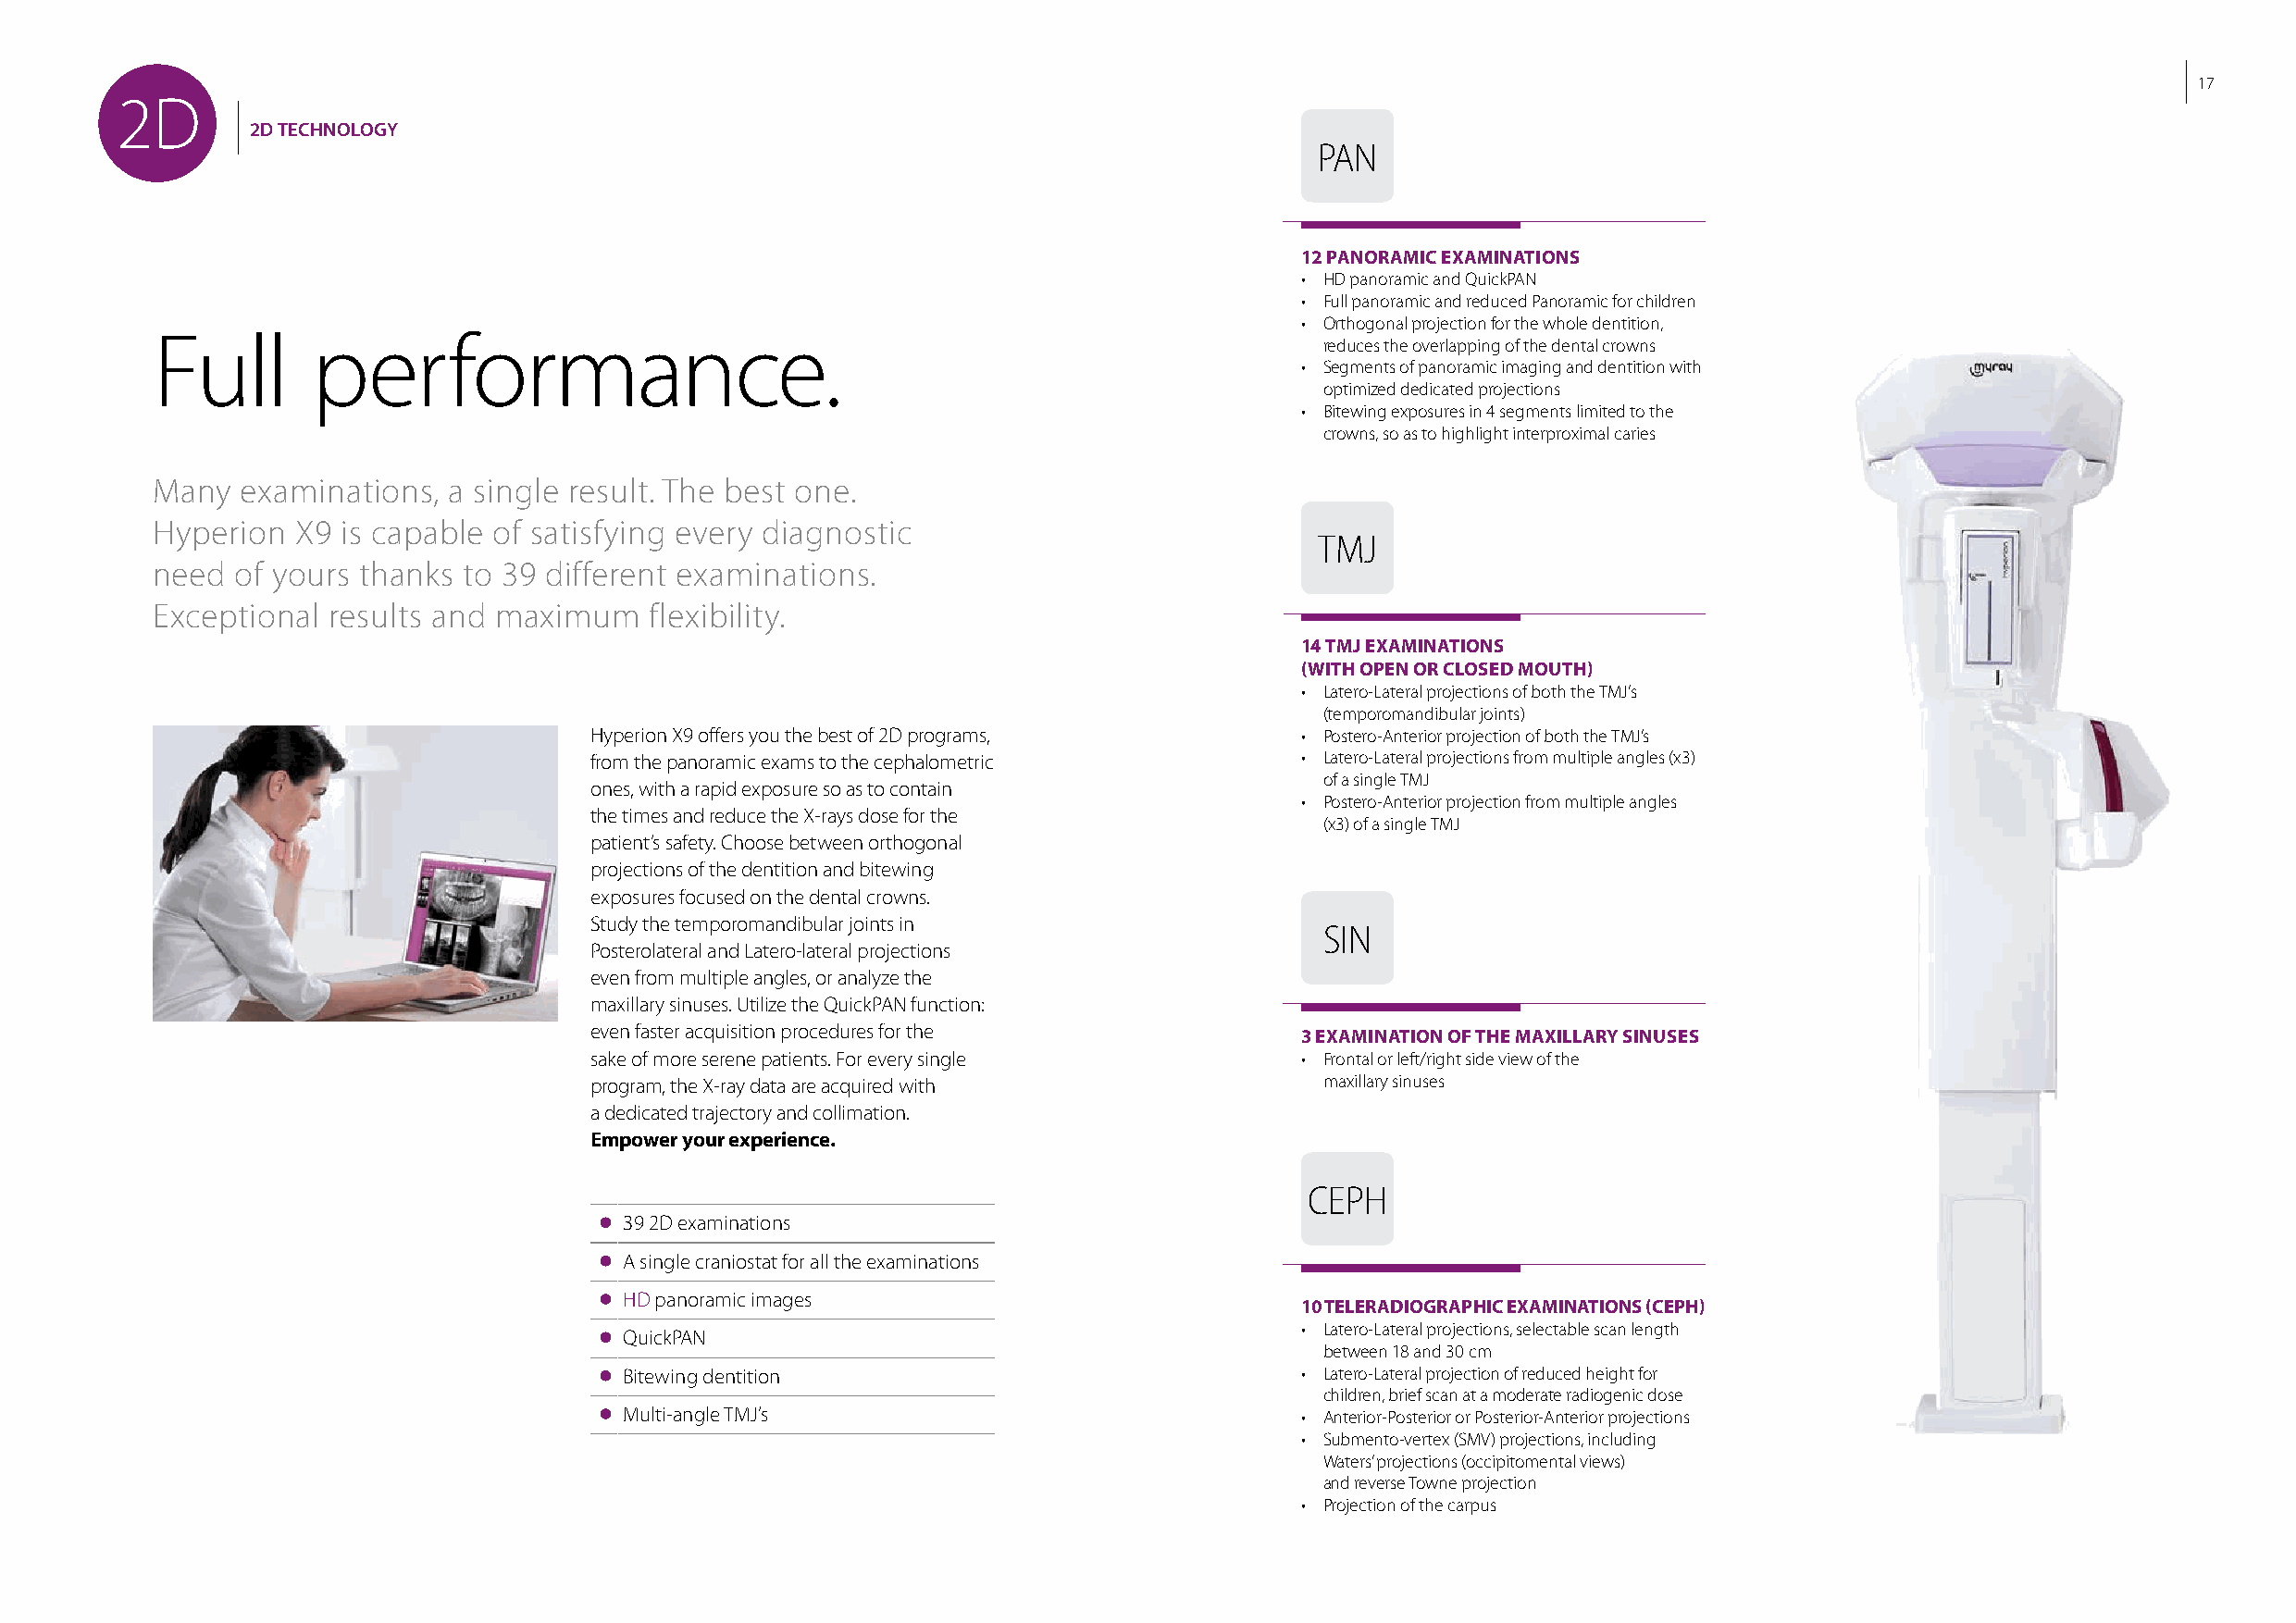
17
 2D
 2D TECHNOLOGY
 PAN
 12 PANORAMIC EXAMINATIONS
 • HD panoramic and QuickPAN
 • Full panoramic and reduced Panoramic for children
 • Orthogonal projection for the whole dentition,
 Full       performance.
 reduces the overlapping of the dental crowns
 • Segments of panoramic imaging and dentition with
 optimized dedicated projections
 • Bitewing exposures in 4 segments limited to the
 crowns, so as to highlight interproximal caries
 Many  examinations,  a single result. The best one.
 Hyperion  X9 is capable of satisfying every diagnostic
 TMJ
 need  of yours thanks to 39 different examinations.
 Exceptional  results and maximum   flexibility.
 14 TMJ EXAMINATIONS
 (WITH OPEN OR CLOSED MOUTH)
 • Latero-Lateral projections of both the TMJ’s
 (temporomandibular joints)
 Hyperion X9 offers you the best of 2D programs,    • Postero-Anterior projection of both the TMJ’s
 from the panoramic exams to the cephalometric      • Latero-Lateral projections from multiple angles (x3)
 of a single TMJ
 ones, with a rapid exposure so as to contain
 • Postero-Anterior projection from multiple angles
 the times and reduce the X-rays dose for the
 (x3) of a single TMJ
 patient’s safety. Choose between orthogonal
 projections of the dentition and bitewing
 exposures focused on the dental crowns.
 Study the temporomandibular joints in
 SIN
 Posterolateral and Latero-lateral projections
 even from multiple angles, or analyze the
 maxillary sinuses. Utilize the QuickPAN function:
 even faster acquisition procedures for the         3 EXAMINATION OF THE MAXILLARY SINUSES
 sake of more serene patients. For every single     • Frontal or left/right side view of the
 program, the X-ray data are acquired with            maxillary sinuses
 a dedicated trajectory and collimation.
 Empower your experience.
 CEPH
 39 2D examinations
 A single craniostat for all the examinations
 HD panoramic images
 10 TELERADIOGRAPHIC EXAMINATIONS (CEPH)
 • Latero-Lateral projections, selectable scan length
 QuickPAN
 between 18 and 30 cm
 Bitewing dentition                              • Latero-Lateral projection of reduced height for
 children, brief scan at a moderate radiogenic dose
 Multi-angle TMJ’s                               • Anterior-Posterior or Posterior-Anterior projections
 • Submento-vertex (SMV) projections, including
 Waters’ projections (occipitomental views)
 and reverse Towne projection
 • Projection of the carpus